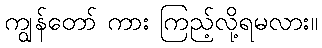
ကျွန်တော် ကား ကြည့်လို့ရမလား။